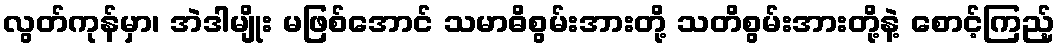
လွတ်ကုန်မှာ၊ အဲဒါမျိုး မဖြစ်အောင် သမာဓိစွမ်းအားတို့ သတိစွမ်းအားတို့နဲ့ စောင့်ကြည့်